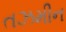
તઝમીન